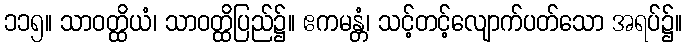
၁၁၅။ သာဝတ္ထိယံ၊ သာဝတ္ထိပြည်၌။ ဧကမန္တံ၊ သင့်တင့်လျောက်ပတ်သော အရပ်၌။